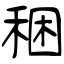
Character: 稇